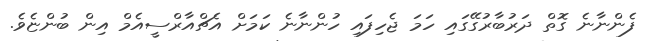
ފެންނާނެ ގޮތް ދަރުބާރުގޭގައި ހަމަ ޖެހިފައި ހުންނާނެ ކަމަށް އެޗްއާރްސީއެމް އިން ބުންޏެވެ.